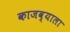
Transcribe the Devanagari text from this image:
काजव्याला